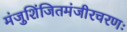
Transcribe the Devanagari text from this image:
मंजुशिंजितमंजीरचरणः